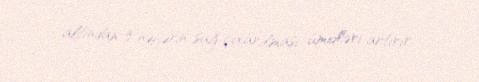
altından 3 nəfərin sağ çıxarılması ümidləri artırır.